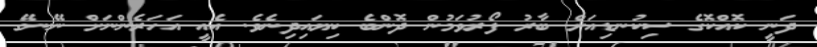
ދަނީ ކޮއްކޮގެ ސިކުނޑިއަށް ބާރު ފޯރުވަމުން ދޮންބެ ކިޔައިދިނެވެ. އެއީ އަހަރެންނަށް ނޭނގޭ